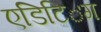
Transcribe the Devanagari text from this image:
एडिटिऺग